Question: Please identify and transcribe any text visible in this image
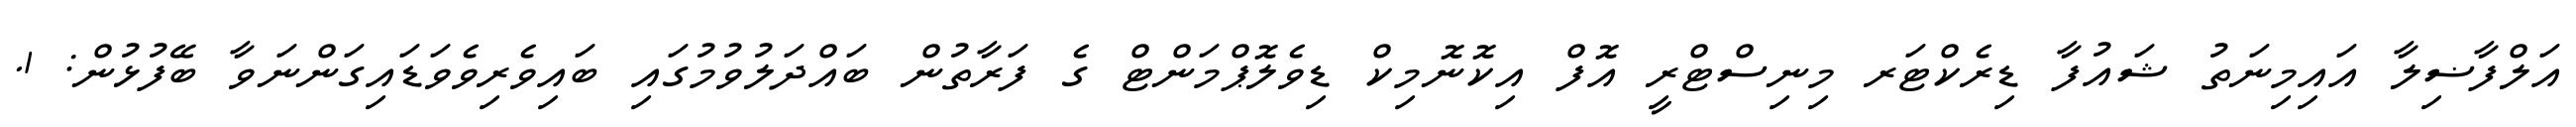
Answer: އަލްފާޟިލާ އައިމިނަތު ޝައުފާ ޑިރެކްޓަރ މިނިސްޓްރީ އޮފް އިކޮނޮމިކް ޑިވެލޮޕްމަންޓް ގެ ފަރާތުން ބައްދަލުވުމުގައި ބައިވެރިވެވަޑައިގަންނަވާ ބޭފުޅުން: 1.